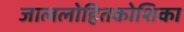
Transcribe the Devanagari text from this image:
जाललोहितकोशिका